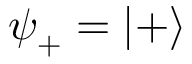
{ \boldsymbol { \psi } } _ { + } = | + \rangle